Vaccination report Assam 1874-1896 - 1874-1896
Year: 1874
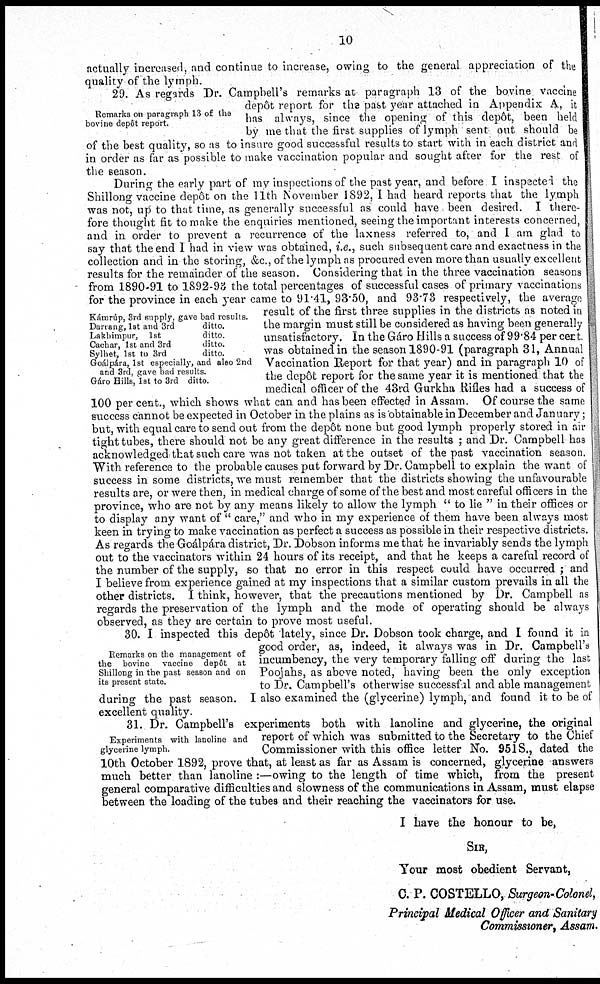
10
actually increased, and continue to increase, owing to the general appreciation of the
quality of the lymph.
Remarks on paragraph 13 of the
bovine depôt report.
29. As regards Dr. Campbells remarks at paragraph 13 of the bovine vaccine
depôt report for the past year attached in Appendix A. it
has always, since the opening of this depôt, been held
by me that the first supplies of lymph sent out should be
of the best quality, so as to insure good successful results to start with in each district and
in order as far as possible to make vaccination popular and sought after for the rest of
the season.
Kámrúp, 3rd supply, gave bad results.
Darrang, 1st and 3rd
ditto.
Lakhimpur, 1st
ditto.
Cachar, 1st and 3rd
ditto.
Sylhet, 1st to 3rd
ditto.
Goálpára, 1st especially, and also 2nd
and 3rd, gave bad results.
Gáro Hills, 1st to 3rd ditto.
During the early part of my inspections of the past year, and before I inspected the
Shillong vaccine depôt on the 11th November 1892, I had heard reports that the lymph
was not, up to that time, as generally successful as could have been desired. I there-
fore thought fit to make the enquiries mentioned, seeing the important interests concerned,
and in order to prevent a recurrence of the laxness referred to, and I am glad to
say that the end I had in view was obtained, i.e., such subsequent care and exactness in the
collection and in the storing, &c., of the lymph as procured even more than usually excellent
results for the remainder of the season. Considering that in the three vaccination seasons
from 1890-91 to 1892-93 the total percentages of successful cases of primary vaccinations
for the province in each year came to 91.41, 93.50, and 93.73 respectively, the average
result of the first three supplies in the districts as noted in
the margin must still be considered as having been generally
unsatisfactory. In the Gáro Hills a success of 99.84 per cert.
was obtained in the season 1890-91 (paragraph 31, Annual
Vaccination Report for that year) and in paragraph 10 of
the depôt report for the same year it is mentioned that the
medical officer of the 43rd Gurkha Rifles had a success of
100 per cent., which shows what can and has been effected in Assam. Of course the same
success cannot be expected in October in the plains as is obtainable in December and January;
but, with equal care to send out from the depôt none but good lymph properly stored in air
tight tubes, there should not be any great difference in the results ; and Dr. Campbell has
acknowledged that such care was not taken at the outset of the past vaccination season.
With reference to the probable causes put forward by Dr. Campbell to explain the want of
success in some districts, we must remember that the districts showing the unfavourable
results are, or were then, in medical charge of some of the best and most careful officers in the
province, who are not by any means likely to allow the lymph " to lie " in their offices or
to display any want of " care," and who in my experience of them have been always most
keen in trying to make vaccination as perfect a success as possible in their respective districts.
As regards the Goálpára district, Dr. Dobson informs me that he invariably sends the lymph
out to the vaccinators within 24 hours of its receipt, and that he keeps a careful record of
the number of the supply, so that no error in this respect could have occurred ; and
I believe from experience gained at my inspections that a similar custom prevails in all the
other districts. I think, however, that the precautions mentioned by Dr. Campbell as
regards the preservation of the lymph and the mode of operating should be always
observed, as they are certain to prove most useful.
Remarks on the management of
the bovine vaccine depôt at
Shillong in the past season and on
its present state.
30. I inspected this depôt lately, since Dr. Dobson took charge, and I found it in
good order, as, indeed, it always was in Dr. Campbell's
incumbency, the very temporary falling off during the last
Poojahs, as above noted, having been the only exception
to Dr. Campbell's otherwise successful and able management
during the past season. I also examined the (glycerine) lymph, and found it to be of
excellent quality.
Experiments with lanoline and
glycerine lymph.
31. Dr. Campbell's experiments both with lanoline and glycerine, the original
report of which was submitted to the Secretary to the Chief
Commissioner with this office letter No. 951S., dated the
10th October 1892, prove that, at least as far as Assam is concerned, glycerine answers
much better than lanoline :—owing to the length of time which, from the present
general comparative difficulties and slowness of the communications in Assam, must elapse
between the loading of the tubes and their reaching the vaccinators for use.
I have the honour to be,
SIR,
Your most obedient Servant,
C. P. COSTELLO, Surgeon-Colonel,
Principal Medical Officer and Sanitary
Commissioner, Assam.